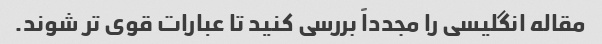
مقاله انگلیسی را مجدداً بررسی کنید تا عبارات قوی تر شوند.